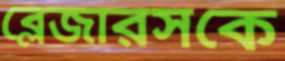
ব্লেজারসকে